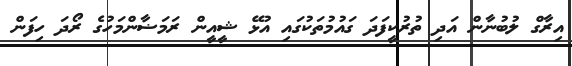
އިރާގް ލުބުނާން އަދި ތުރުކީފަދަ ގައުމުތަކުގައި އުޅޭ ޝީއީން ރަމަޟާންމަހުގެ ރޯދަ ހިފަން